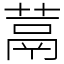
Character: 蒚